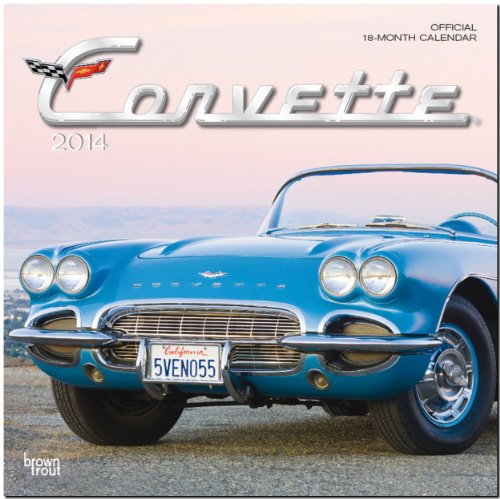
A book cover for Corvette Official 18-Month Calendar (Multilingual Edition); Calendars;